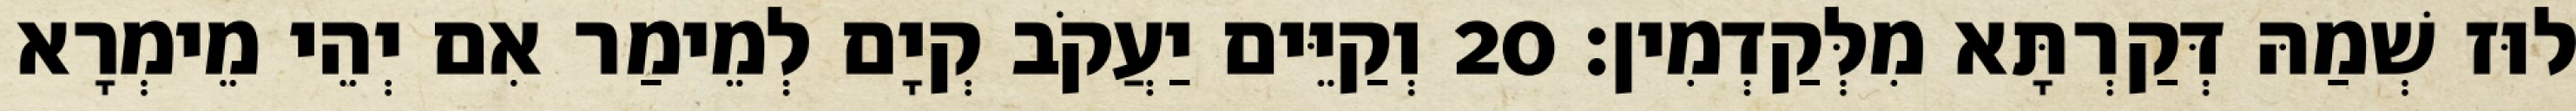
לוּז שְׁמַהּ דְּקַרְתָּא מִלְּקַדְמִין׃ 20 וְקַיֵּים יַעֲקֹב קְיָם לְמֵימַר אִם יְהֵי מֵימְרָא